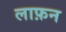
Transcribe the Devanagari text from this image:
लाफ़न